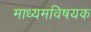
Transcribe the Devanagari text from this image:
माध्यमविषयक